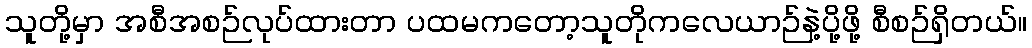
သူတို့မှာ အစီအစဉ်လုပ်ထားတာ ပထမကတော့သူတိုကလေယာဉ်နဲ့ပို့ဖို့ စီစဉ်ရှိတယ်။